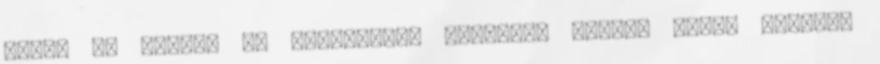
hanem az iparos és kereskedői osztály, alsóbb rendű elemeit